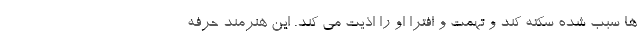
ها سبب شده سکته کند و تهمت و افترا او را اذیت می کند. این هنرمند حرفه